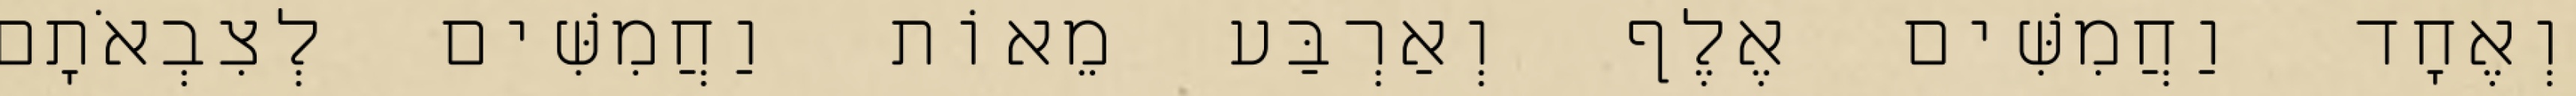
וְאֶחָד וַחֲמִשִּׁים אֶלֶף וְאַרְבַּע מֵאוֹת וַחֲמִשִּׁים לְצִבְאֹתָם